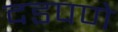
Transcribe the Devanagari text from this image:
दडपणे